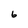
Character: 6